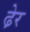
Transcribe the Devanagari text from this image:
ढे़र